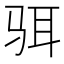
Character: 𱅋